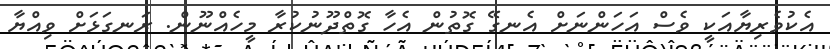
އެކުވެރިޔާއަކީ ވެސް އަހަންނަށް އެނގޭ ގޮތުން އެހާ ގޮތްދޫނުކުރާ މީހެއްނޫން. ރަނގަޅަށް ވިއްޔާ